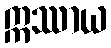
ဣဿာယ